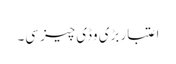
اعتبار بڑی وڈی چیز سی۔